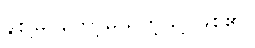
နစ်မြုပ်တော့မည်ကဲ့သို့ ဖြစ်၏။